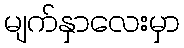
မျက်နှာလေးမှာ